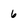
Character: 6